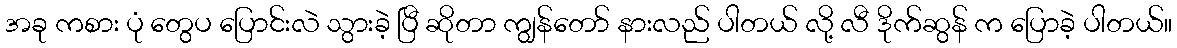
အခု ကစား ပုံ တွေပ ပြောင်းလဲ သွားခဲ့ ပြီ ဆိုတာ ကျွန်တော် နားလည် ပါတယ် လို့ လီ ဒိုက်ဆွန် က ပြောခဲ့ ပါတယ်။